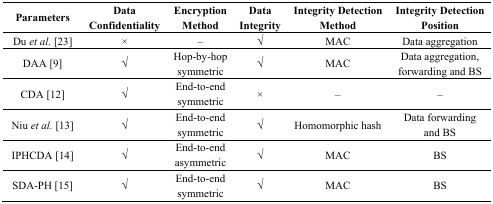
<table><thead><tr><td><b>Parameters</b></td><td><b>Data Confidentiality</b></td><td><b>Encryption Method</b></td><td><b>Data Integrity</b></td><td><b>Integrity Detection Method</b></td><td><b>Integrity Detection Position</b></td></tr></thead><tbody><tr><td>Du <i>et al.</i> [23]</td><td>×</td><td>–</td><td>√</td><td>MAC</td><td>Data aggregation</td></tr><tr><td>DAA [9]</td><td>√</td><td>Hop-by-hop symmetric</td><td>√</td><td>MAC</td><td>Data aggregation, forwarding and BS</td></tr><tr><td>CDA [12]</td><td>√</td><td>End-to-end symmetric</td><td>×</td><td>–</td><td>–</td></tr><tr><td>Niu <i>et al.</i> [13]</td><td>√</td><td>End-to-end symmetric</td><td>√</td><td>Homomorphic hash</td><td>Data forwarding and BS</td></tr><tr><td>IPHCDA [14]</td><td>√</td><td>End-to-end asymmetric</td><td>√</td><td>MAC</td><td>BS</td></tr><tr><td>SDA-PH [15]</td><td>√</td><td>End-to-end symmetric</td><td>√</td><td>MAC</td><td>BS</td></tr></tbody></table>